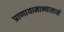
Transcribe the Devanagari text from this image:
प्राणायामाभ्यासाने